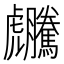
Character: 𧈜